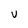
Character: V